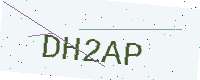
Text: DH2AP